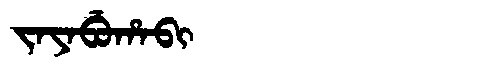
Manchu: ᠵᠠᠶᠠᠪᡠᡥᠠᠪᡳ
Romanization: JAYABUHABI